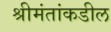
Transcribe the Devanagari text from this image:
श्रीमंतांकडील